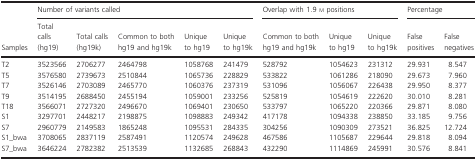
<table><thead><tr><td rowspan="2"><b>Samples</b></td><td colspan="5"><b>Number of variants called</b></td><td colspan="3"><b>Overlap with 1.9 m positions</b></td><td colspan="2"><b>Percentage</b></td></tr><tr><td><b>Total calls (hg19)</b></td><td><b>Total calls (hg19k)</b></td><td><b>Common to both hg19 and hg19k</b></td><td><b>Unique to hg19</b></td><td><b>Unique to hg19k</b></td><td><b>Common to both hg19 and hg19k</b></td><td><b>Unique to hg19</b></td><td><b>Unique to hg19k</b></td><td><b>False positives</b></td><td><b>False negatives</b></td></tr></thead><tbody><tr><td>T2</td><td>3523566</td><td>2706277</td><td>2464798</td><td>1058768</td><td>241479</td><td>528792</td><td>1054623</td><td>231312</td><td>29.931</td><td>8.547</td></tr><tr><td>T5</td><td>3576580</td><td>2739673</td><td>2510844</td><td>1065736</td><td>228829</td><td>533822</td><td>1061286</td><td>218090</td><td>29.673</td><td>7.960</td></tr><tr><td>T7</td><td>3526146</td><td>2703089</td><td>2465770</td><td>1060376</td><td>237319</td><td>531096</td><td>1056067</td><td>226438</td><td>29.950</td><td>8.377</td></tr><tr><td>T9</td><td>3514195</td><td>2688450</td><td>2455194</td><td>1059001</td><td>233256</td><td>525819</td><td>1054619</td><td>222620</td><td>30.010</td><td>8.281</td></tr><tr><td>T18</td><td>3566071</td><td>2727320</td><td>2496670</td><td>1069401</td><td>230650</td><td>533797</td><td>1065220</td><td>220366</td><td>29.871</td><td>8.080</td></tr><tr><td>S1</td><td>3297701</td><td>2448217</td><td>2198875</td><td>1098883</td><td>249342</td><td>417178</td><td>1094338</td><td>238850</td><td>33.185</td><td>9.756</td></tr><tr><td>S7</td><td>2960779</td><td>2149583</td><td>1865248</td><td>1095531</td><td>284335</td><td>304256</td><td>1090309</td><td>273521</td><td>36.825</td><td>12.724</td></tr><tr><td>S1_bwa</td><td>3708065</td><td>2837119</td><td>2587491</td><td>1120574</td><td>249628</td><td>467586</td><td>1105687</td><td>229644</td><td>29.818</td><td>8.094</td></tr><tr><td>S7_bwa</td><td>3646224</td><td>2782382</td><td>2513539</td><td>1132685</td><td>268843</td><td>432290</td><td>1114869</td><td>245991</td><td>30.576</td><td>8.841</td></tr></tbody></table>